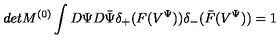
d e t M ^ { ( 0 ) } \int D \Psi D \bar { \Psi } \delta _ { + } ( F ( V ^ { \Psi } ) ) \delta _ { - } ( \bar { F } ( V ^ { \Psi } ) ) = 1